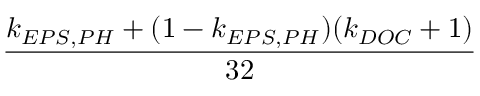
\frac { k _ { E P S , P H } + ( 1 - k _ { E P S , P H } ) ( k _ { D O C } + 1 ) } { 3 2 }